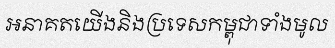
អនាគតយើងនិងប្រទេសកម្ពុជាទាំងមូល